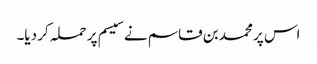
اس پر محمد بن قاسم نے سیسم پر حملہ کر دیا۔